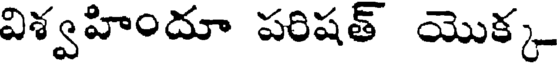
విశ్వహిందూ పరిషత్ యొక్క